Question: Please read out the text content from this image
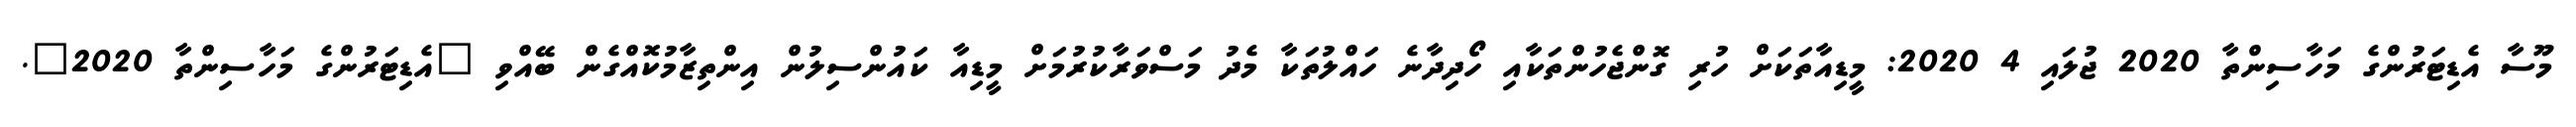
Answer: މޫސާ އެޑިޓަރުންގެ މަހާސިންތާ 2020 ޖުލައި 4 2020: މީޑިއާތަކަށް ހުރި ގޮންޖެހުންތަކާއި ހޯދިދާނެ ހައްލުތަކާ މެދު މަސްވަރާކުރުމަށް މީޑިއާ ކައުންސިލުން އިންތިޒާމުކޮއްގެން ބޭއްވި "އެޑިޓަރުންގެ މަހާސިންތާ 2020".